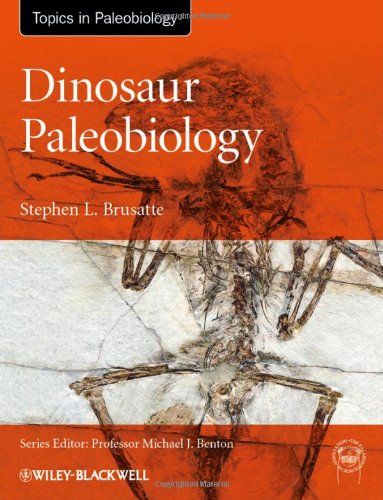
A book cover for Dinosaur Paleobiology; Stephen L. Brusatte; Science & Math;